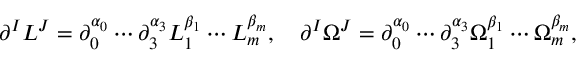
{ \partial ^ { I } L ^ { J } = \partial _ { 0 } ^ { \alpha _ { 0 } } \cdots \partial _ { 3 } ^ { \alpha _ { 3 } } L _ { 1 } ^ { \beta _ { 1 } } \cdots L _ { m } ^ { \beta _ { m } } , \quad \partial ^ { I } \Omega ^ { J } = \partial _ { 0 } ^ { \alpha _ { 0 } } \cdots \partial _ { 3 } ^ { \alpha _ { 3 } } \Omega _ { 1 } ^ { \beta _ { 1 } } \cdots \Omega _ { m } ^ { \beta _ { m } } , }